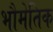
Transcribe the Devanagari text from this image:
भौमेतिक